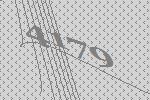
4179